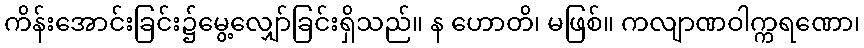
ကိန်းအောင်းခြင်း၌မွေ့လျှော်ခြင်းရှိသည်။ န ဟောတိ၊ မဖြစ်။ ကလျာဏဝါက္ကရဏော၊